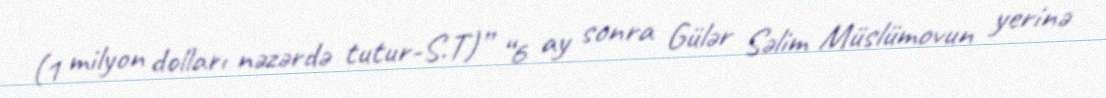
(1 milyon dolları nəzərdə tutur-S.T)” “6 ay sonra Gülər Səlim Müslümovun yerinə